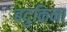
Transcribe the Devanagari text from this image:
बदुकिना